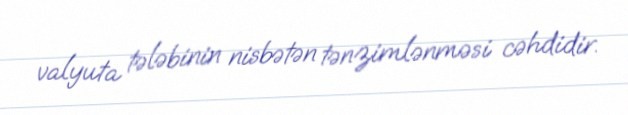
valyuta tələbinin nisbətən tənzimlənməsi cəhdidir.